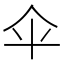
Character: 伞